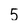
Character: 5